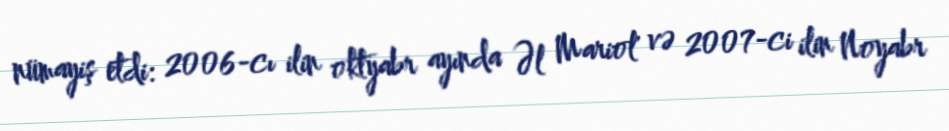
nümayiş etdi: 2006-cı ilin oktyabr ayında Əl Mariol' və 2007-ci ilin Noyabr